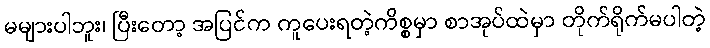
မများပါဘူး၊ ပြီးတော့ အပြင်က ကူပေးရတဲ့ကိစ္စမှာ စာအုပ်ထဲမှာ တိုက်ရိုက်မပါတဲ့